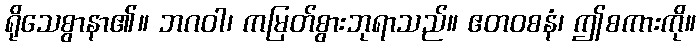
ရိုသေစွာနာ၏။ ဘဂဝါ၊ ကမြတ်စွားဘုရာသည်။ ဧတဝစနံ၊ ဤစကားကို။